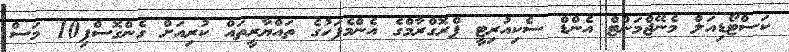
ކަސްޓޯޑިއަލް މެނޭޖްމަންޓް އެންޑް ސެކިއުރިޓީ ޕްރޮގްރާމްގެ އެންމެފަހުގެ ތައްޔާރީތައް ކުރިއަށް ގެންގޮސްފި10 މަސް